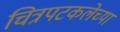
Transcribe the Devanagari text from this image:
चित्रपटकलेच्या